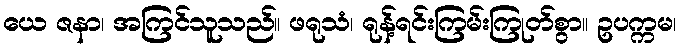
ယေ ဇနာ၊ အကြင်သူသည်။ ဖရုသံ၊ ရုန့်ရင်းကြမ်းကြုတ်စွာ။ ဥပက္ကမ၊